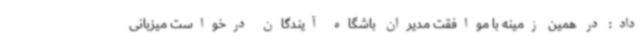
داد: در همین زمینه با موافقت مدیران باشگاه آیندگان درخواست میزبانی